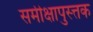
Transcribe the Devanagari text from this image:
समीक्षापुस्त्तक